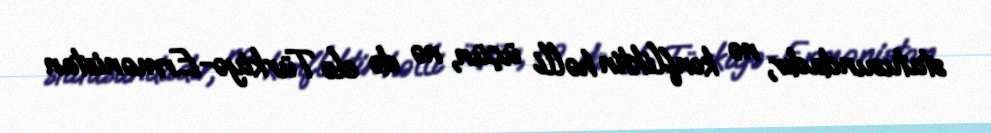
statusundadır, nə konfliktin həlli üçün, nə də elə Türkiyə-Ermənistan